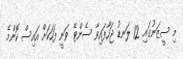
މި ސީޒަނުގައި 12 ލަނޑު ޖަހާފައިވާ ސެންޓޭ ވަނީ ފަހަކަށް އައިސް ކޮންމެ